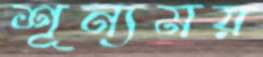
শূন্যময়